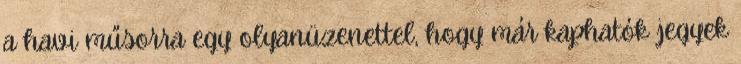
a havi műsorra egy olyanüzenettel, hogy már kaphatók jegyek